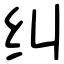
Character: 纠